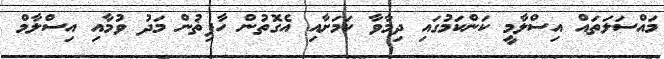
މައްސަލަތައް އިސްލާމީ ކަންކަމުގައި ދިމާވާ ކަމަށާއި އެގޮތުން ހާފިޡުން މަދު ވުމާއި އިސްލާމް